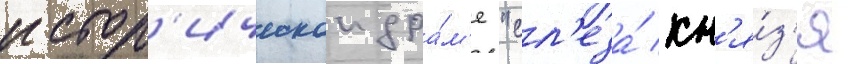
истор'ическои дра́м'е "сл'еза́ кн'я́з'я